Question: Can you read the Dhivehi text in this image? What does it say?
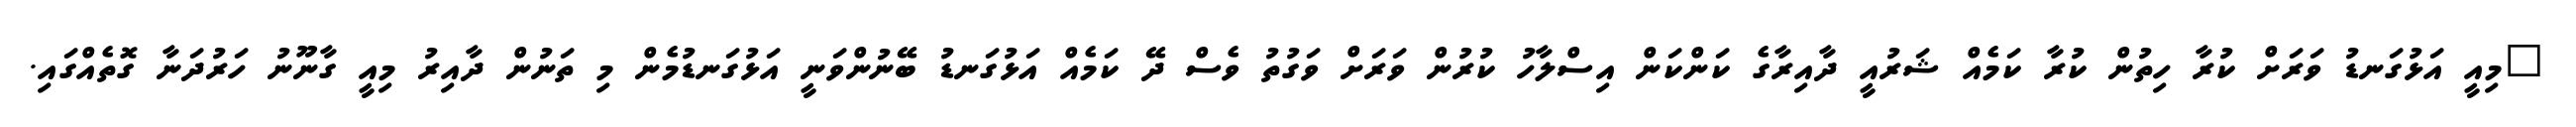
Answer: "މިއީ އަޅުގަނޑު ވަރަށް ކުރާ ހިތުން ކުރާ ކަމެއް ޝަރުއީ ދާއިރާގެ ކަންކަން އިސްލާހު ކުރުން ވަރަށް ވަގުތު ވެސް ދޭ ކަމެއް އަޅުގަނޑު ބޭނުންވަނީ އަޅުގަނޑުމެން މި ތަނުން ދާއިރު މިއީ ގާނޫނު ހަރުދަނާ ގޮތެއްގައި.